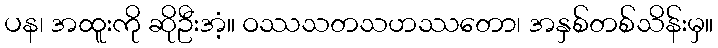
ပန၊ အထူးကို ဆိုဦးအံ့။ ဝဿသတသဟဿတော၊ အနှစ်တစ်သိန်းမှ။